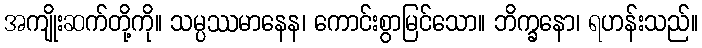
အကျိုးဆက်တို့ကို။ သမ္ပဿမာနေန၊ ကောင်းစွာမြင်သော။ ဘိက္ခနော၊ ရဟန်းသည်။